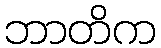
ဘာတိက